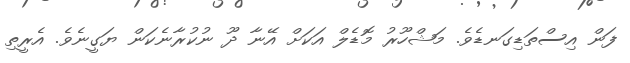
ފަން އިސްތަޑިގަނޑެވެ. މަޝްހޫރު މޮޑެލް އަކަށް އޭނާ ދޫ ނުކުރާނެކަން ޔަގީނެވެ. އެރީތި